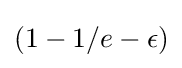
(1-1/e-\epsilon )